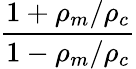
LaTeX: \frac{1+\rho_{m}/\rho_{c}}{1-\rho_{m}/\rho_{c}}